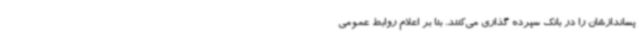
پساندازشان را در بانک سپرده گذاری می‌کنند. بنا بر اعلام روابط عمومی